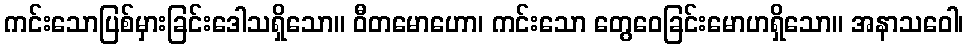
ကင်းသောပြစ်မှားခြင်းဒေါသရှိသော။ ဝီတမောဟော၊ ကင်းသော တွေဝေခြင်းမောဟရှိသော။ အနာသဝေါ၊